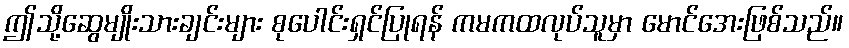
ဤသို့ဆွေမျိုးသားချင်းများ စုပေါင်းရှင်ပြုရန် ကမကထလုပ်သူမှာ မောင်အေးဖြစ်သည်။